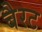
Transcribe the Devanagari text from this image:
बैरट